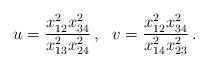
LaTeX: \begin{align*}u=\frac{x_{12}^2x_{34}^2}{x_{13}^2x_{24}^2}\,,\,\,\,\,v=\frac{x_{12}^2x_{34}^2}{x_{14}^2x_{23}^2}\, .\end{align*}